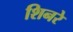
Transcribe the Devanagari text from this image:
शिनरे